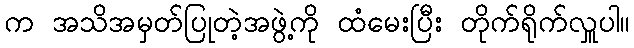
က အသိအမှတ်ပြုတဲ့အဖွဲ့ကို ထံမေးပြီး တိုက်ရိုက်လှူပါ။